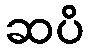
ဆပိ